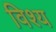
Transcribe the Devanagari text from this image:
विश्य